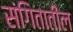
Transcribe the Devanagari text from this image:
संगितातील